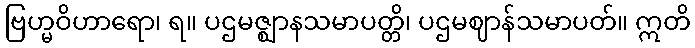
ဗြဟ္မဝိဟာရော၊ ရ။ ပဌမဇ္ဈာနသမာပတ္တိ၊ ပဌမဈာန်သမာပတ်။ ဣတိ